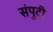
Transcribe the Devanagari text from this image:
संपुटी